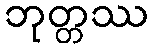
ဘုတ္တဿ